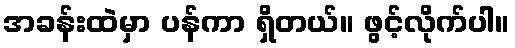
အခန်းထဲမှာ ပန်ကာ ရှိတယ်။ ဖွင့်လိုက်ပါ။